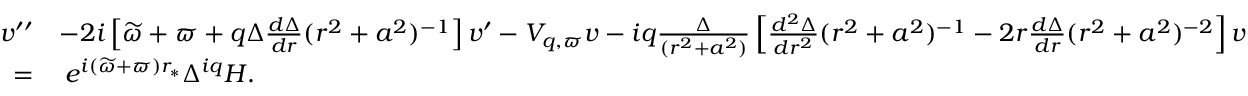
\begin{array} { r l } { v ^ { \prime \prime } } & { - 2 i \left[ \widetilde { \omega } + \varpi + q \Delta \frac { d \Delta } { d r } ( r ^ { 2 } + a ^ { 2 } ) ^ { - 1 } \right] v ^ { \prime } - V _ { q , \varpi } v - i q \frac { \Delta } { ( r ^ { 2 } + a ^ { 2 } ) } \left[ \frac { d ^ { 2 } \Delta } { d r ^ { 2 } } ( r ^ { 2 } + a ^ { 2 } ) ^ { - 1 } - 2 r \frac { d \Delta } { d r } ( r ^ { 2 } + a ^ { 2 } ) ^ { - 2 } \right] v } \\ { = } & { \: e ^ { i ( \widetilde { \omega } + \varpi ) r _ { * } } \Delta ^ { i q } H . } \end{array}